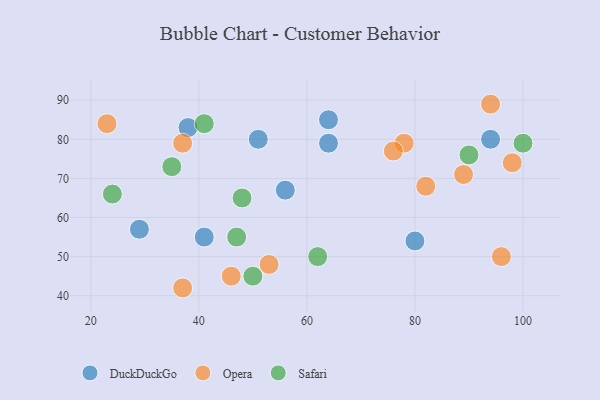
{"axis": {"x": "GDP", "y": "Life Expectancy"}, "legend": ["DuckDuckGo", "Opera", "Safari"], "data": [{"x": "94", "y": 80, "type": "DuckDuckGo"}, {"x": "64", "y": 85, "type": "DuckDuckGo"}, {"x": "51", "y": 80, "type": "DuckDuckGo"}, {"x": "29", "y": 57, "type": "DuckDuckGo"}, {"x": "64", "y": 79, "type": "DuckDuckGo"}, {"x": "80", "y": 54, "type": "DuckDuckGo"}, {"x": "56", "y": 67, "type": "DuckDuckGo"}, {"x": "38", "y": 83, "type": "DuckDuckGo"}, {"x": "41", "y": 55, "type": "DuckDuckGo"}, {"x": "37", "y": 42, "type": "Opera"}, {"x": "94", "y": 89, "type": "Opera"}, {"x": "96", "y": 50, "type": "Opera"}, {"x": "78", "y": 79, "type": "Opera"}, {"x": "89", "y": 71, "type": "Opera"}, {"x": "98", "y": 74, "type": "Opera"}, {"x": "23", "y": 84, "type": "Opera"}, {"x": "46", "y": 45, "type": "Opera"}, {"x": "53", "y": 48, "type": "Opera"}, {"x": "37", "y": 79, "type": "Opera"}, {"x": "82", "y": 68, "type": "Opera"}, {"x": "76", "y": 77, "type": "Opera"}, {"x": "24", "y": 66, "type": "Safari"}, {"x": "35", "y": 73, "type": "Safari"}, {"x": "48", "y": 65, "type": "Safari"}, {"x": "47", "y": 55, "type": "Safari"}, {"x": "41", "y": 84, "type": "Safari"}, {"x": "100", "y": 79, "type": "Safari"}, {"x": "62", "y": 50, "type": "Safari"}, {"x": "50", "y": 45, "type": "Safari"}, {"x": "90", "y": 76, "type": "Safari"}]}